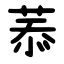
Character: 菾